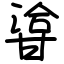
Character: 㽏